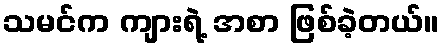
သမင်က ကျားရဲ့ အစာ ဖြစ်ခဲ့တယ်။